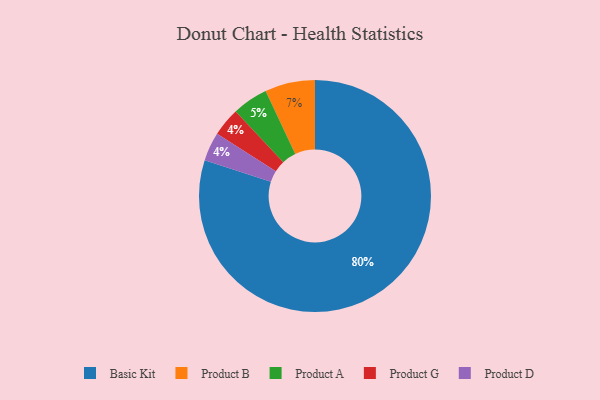
{"axis": {"x": "Category", "y": "Percentage"}, "legend": ["Basic Kit", "Product A", "Product B", "Product D", "Product G"], "data": [{"x": "Product B", "y": 7, "type": "Product B"}, {"x": "Product A", "y": 5, "type": "Product A"}, {"x": "Product G", "y": 4, "type": "Product G"}, {"x": "Basic Kit", "y": 80, "type": "Basic Kit"}, {"x": "Product D", "y": 4, "type": "Product D"}]}